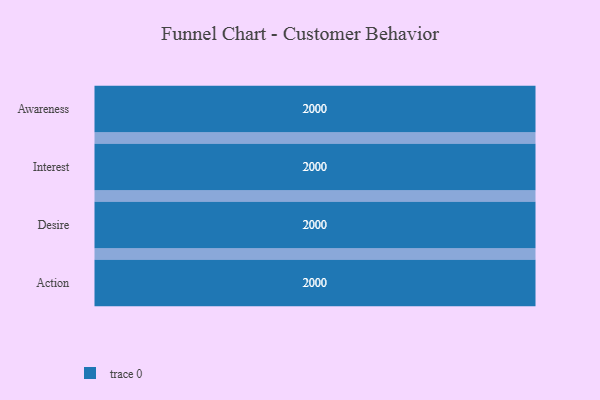
{"axis": {"x": "Stage", "y": "Value"}, "legend": [""], "data": [{"x": "Awareness", "y": 2000, "type": ""}, {"x": "Interest", "y": 2000, "type": ""}, {"x": "Desire", "y": 2000, "type": ""}, {"x": "Action", "y": 2000, "type": ""}]}